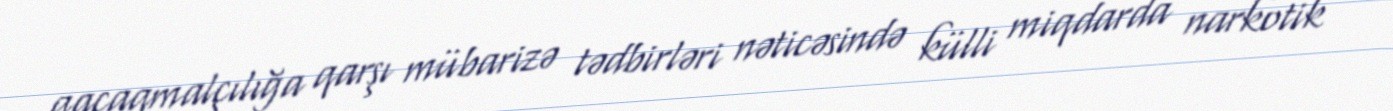
qaçaqmalçılığa qarşı mübarizə tədbirləri nəticəsində külli miqdarda narkotik